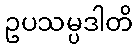
ဥပသမ္ပဒါတိ